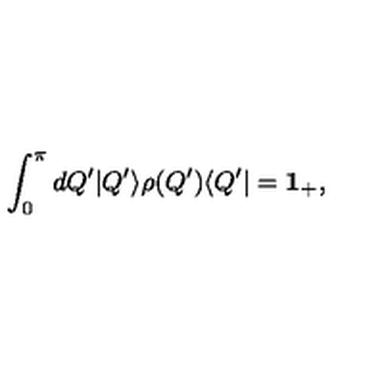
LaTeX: \int _ { 0 } ^ { \pi } d Q ^ { \prime } | Q ^ { \prime } \rangle \rho ( Q ^ { \prime } ) \langle Q ^ { \prime } | = { \bf 1 _ { + } } ,